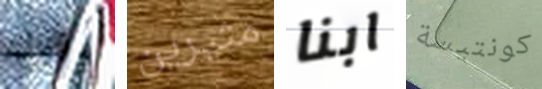
وقول مثيرين ابنا كونتيسة